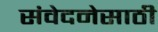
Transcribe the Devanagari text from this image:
संवेदनेसाठी